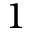
1